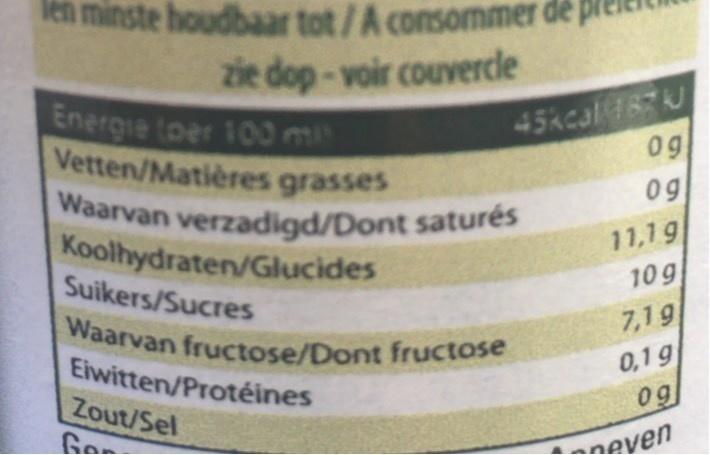
len minste houdbaar tot/A consommer de
zie dop-voir couvercle
45kcal 187J 09
Energie toer 100 mi Vetten/Matières grasses Waarvan verzadigd/Dont saturés Koolhydraten/Glucides Suikers/Sucres
09
11,19 10g 7,19 0,1g 0g
Waarvan fructose/Dont fructose Eiwitten/Protéines Zout/Sel Gor
even